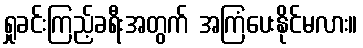
ရှုခင်းကြည့်ခရီးအတွက် အကြံပေးနိုင်မလား။